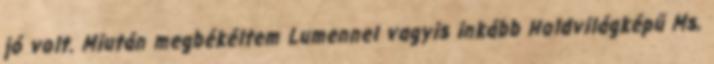
jó volt. Miután megbékéltem Lumennel vagyis inkább Holdvilágképű Ms.